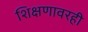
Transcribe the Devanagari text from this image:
शिक्षणावरही